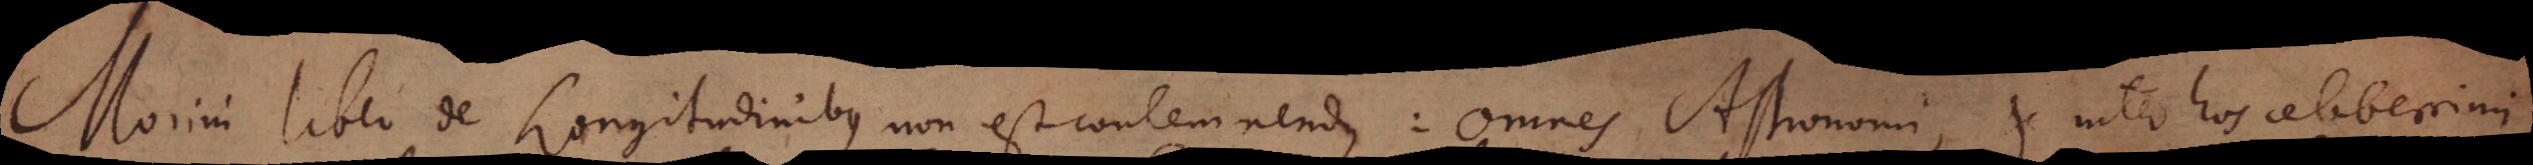
Morini liber De Longitudinibus non est contemnendus: Omnes Astronomi, et inter hos celeberrimi